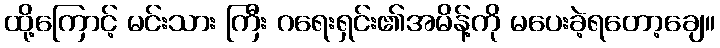
ထို့ကြောင့် မင်းသား ကြီး ဂရေးရှင်း၏အမိန့်ကို မပေးခဲ့ရတော့ချေ။